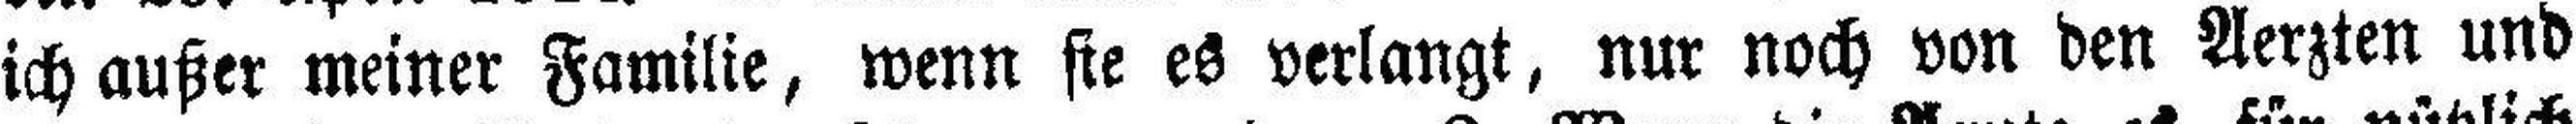
ich außer meiner Familie, wenn sie es verlangt, nur noch von den Aerzten und